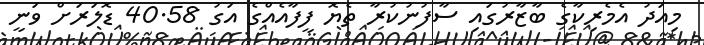
މިއަދު އެމެރިކާގެ ބާޒާރުގައި ސާފުނުކުރާ ތެޔޮ ފީފާއެއްގެ އަގު 40.58 ޑޮލަރަށް ވަނީ